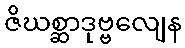
ဇိဃစ္ဆာဒုဗ္ဗလျေန